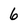
Character: 6